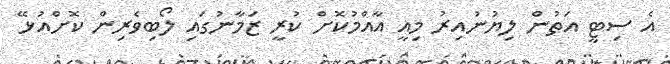
އެ ސިޓީ އަތުން ލިޔުނުއިރު މިއީ އާއްމުކޮށް ކުރީ ޒަމާނުގައި ލޯބިވެރިން ކޮށްއުޅޭ